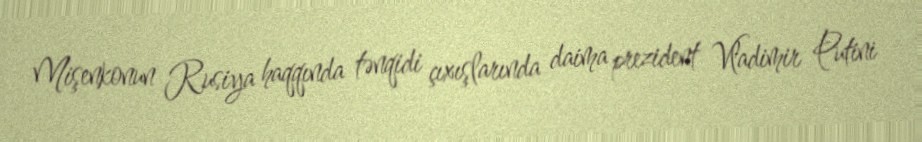
Mişenkonun Rusiya haqqında tənqidi çıxışlarında daima prezident Vladimir Putini